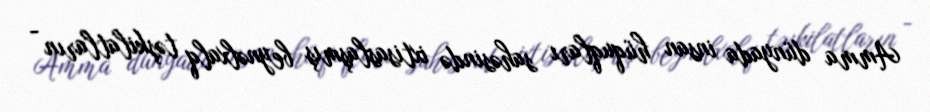
Amma dünyada insan hüquqları sahəsində ixtisaslaşmış beynəlxalq təşkilatların -